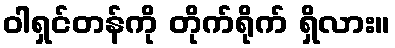
ဝါရှင်တန်ကို တိုက်ရိုက် ရှိလား။